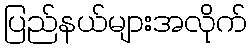
ပြည်နယ်များအလိုက်